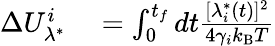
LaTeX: \begin{array}{rl}{\Delta U_{\lambda^{*}}^{i}}&{{}=\int_{0}^{t_{f}}dt\frac{[\lambda_{i}^{*}(t)]^{2}}{4\gamma_{i}k_{\mathrm{B}}T}}\end{array}